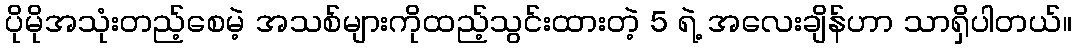
ပိုမိုအသုံးတည့်စေမဲ့ အသစ်များကိုထည့်သွင်းထားတဲ့ 5 ရဲ့ အလေးချိန်ဟာ သာရှိပါတယ်။